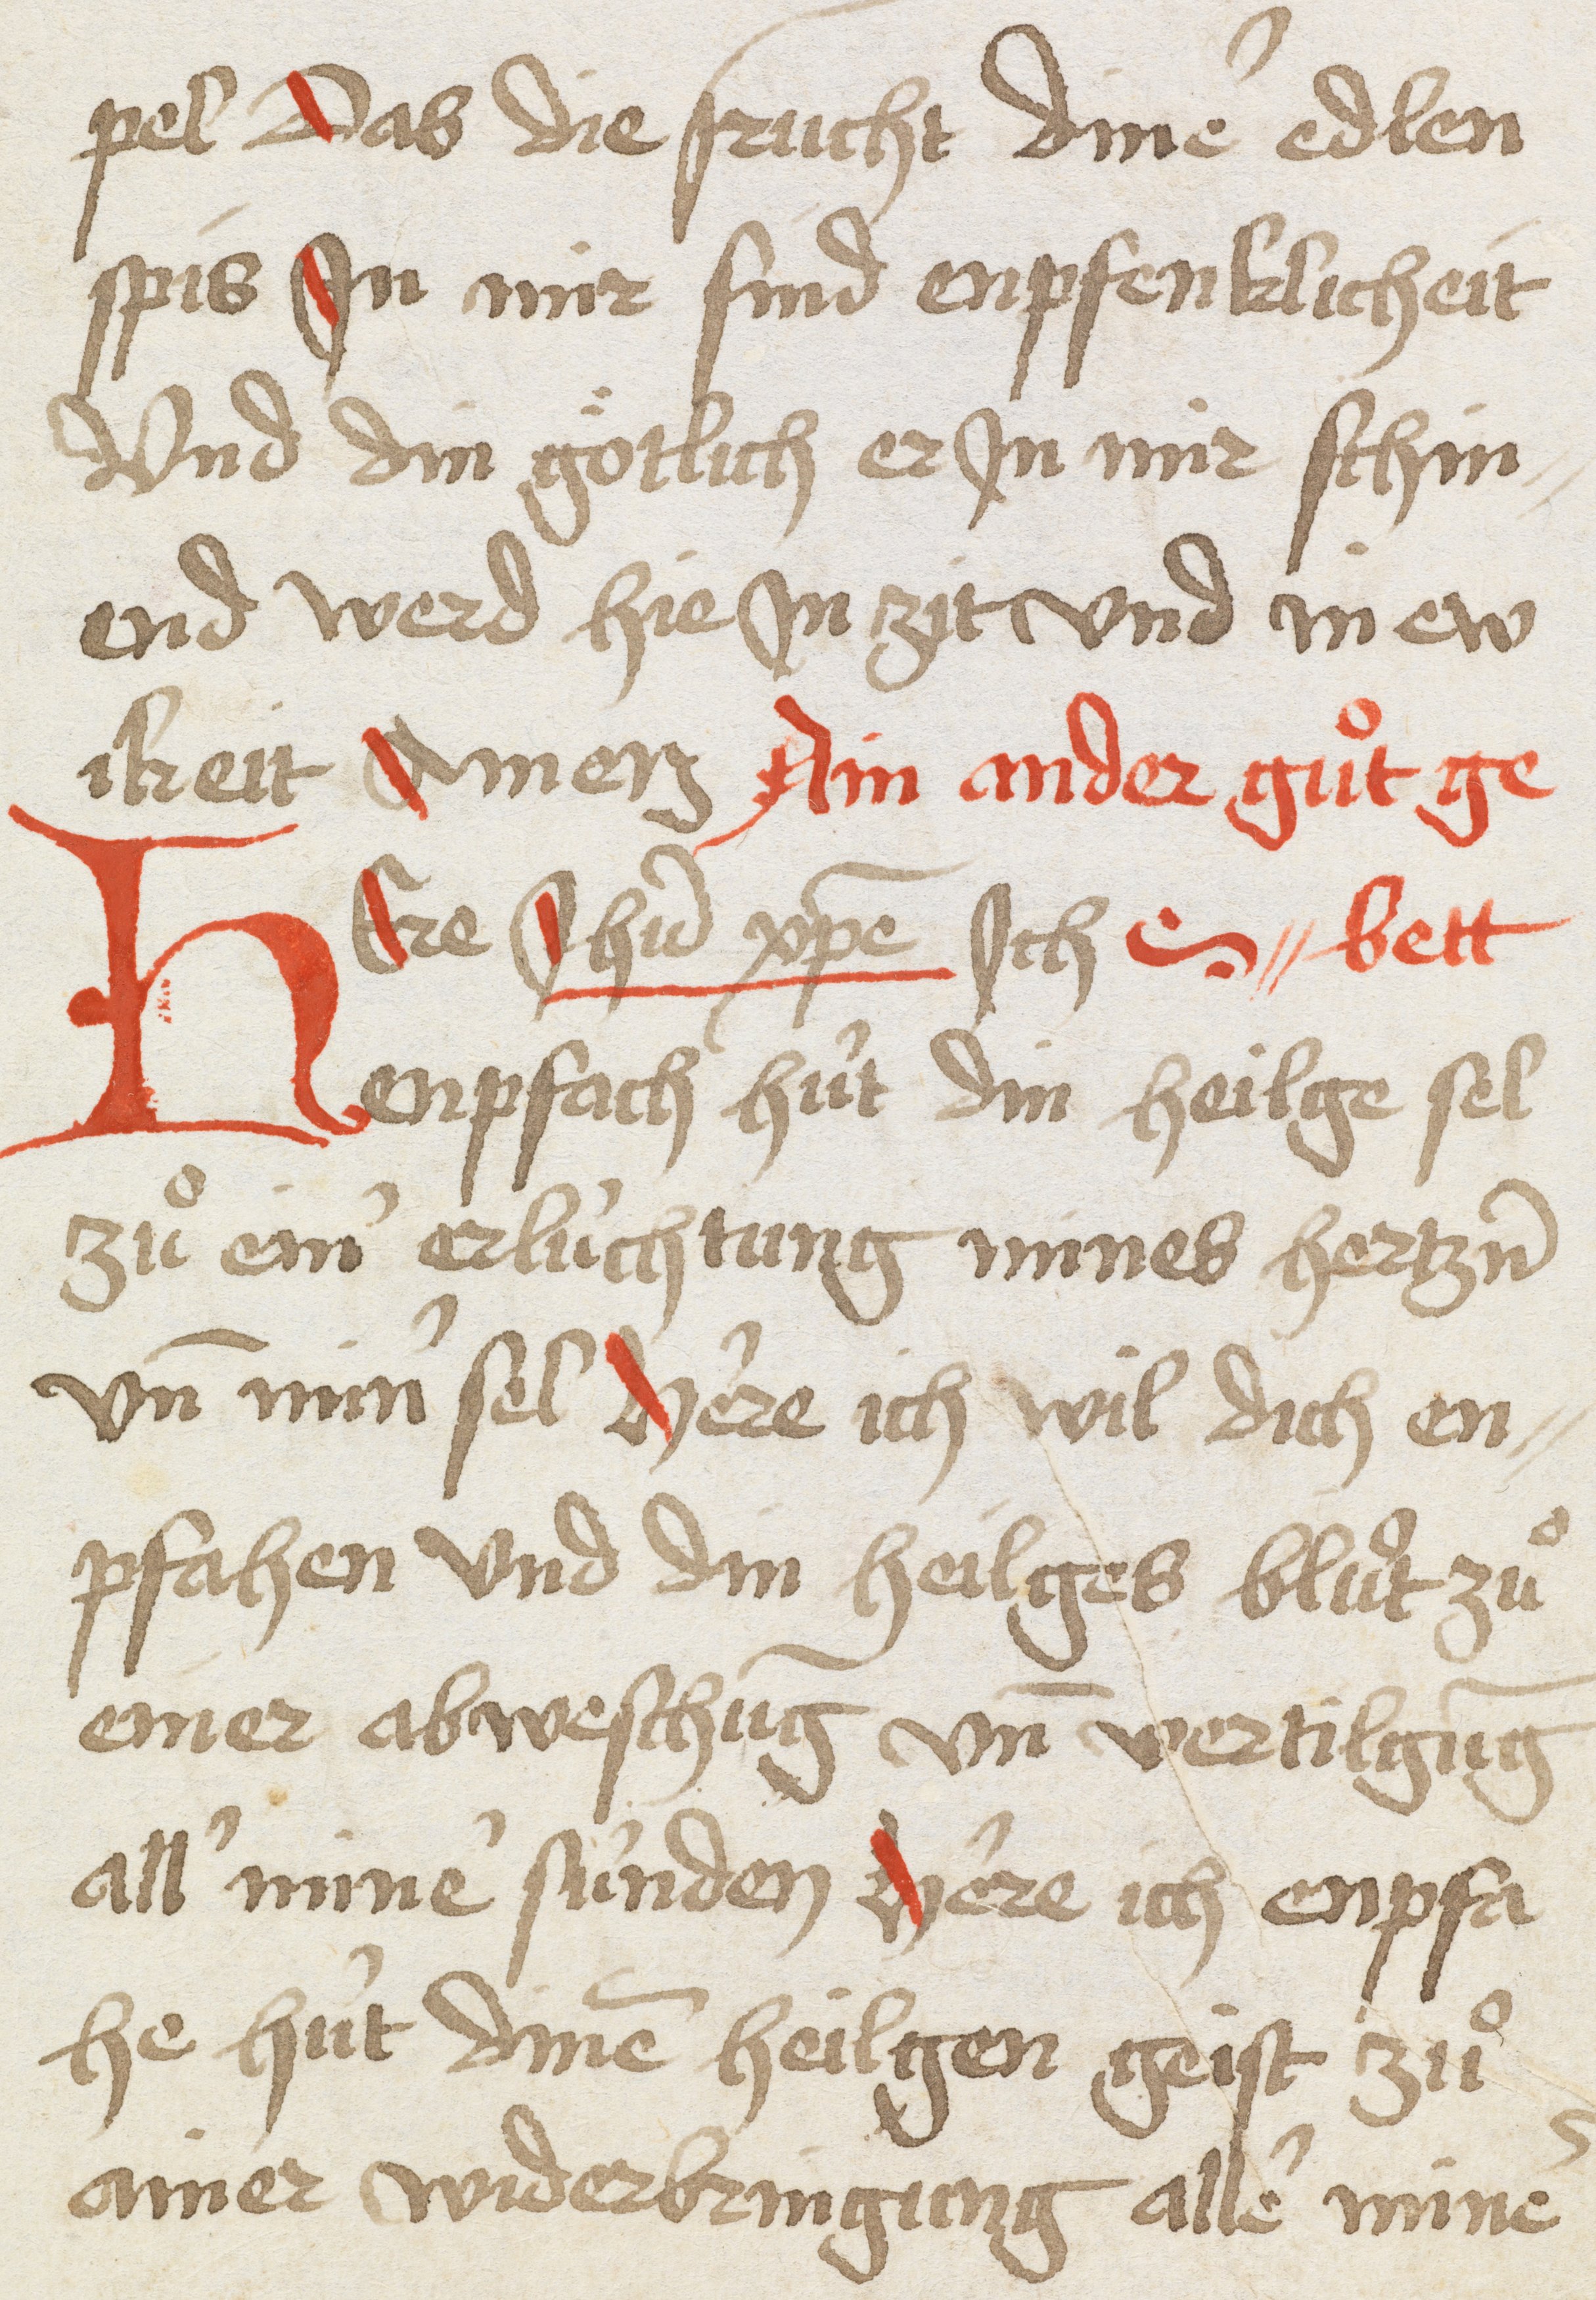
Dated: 1493–1493